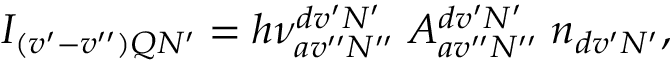
\begin{array} { r } { I _ { ( v ^ { \prime } - v ^ { \prime \prime } ) Q N ^ { \prime } } = h \nu _ { a v ^ { \prime \prime } N ^ { \prime \prime } } ^ { d v ^ { \prime } N ^ { \prime } } \; A _ { a v ^ { \prime \prime } N ^ { \prime \prime } } ^ { d v ^ { \prime } N ^ { \prime } } \; n _ { d v ^ { \prime } N ^ { \prime } } , } \end{array}